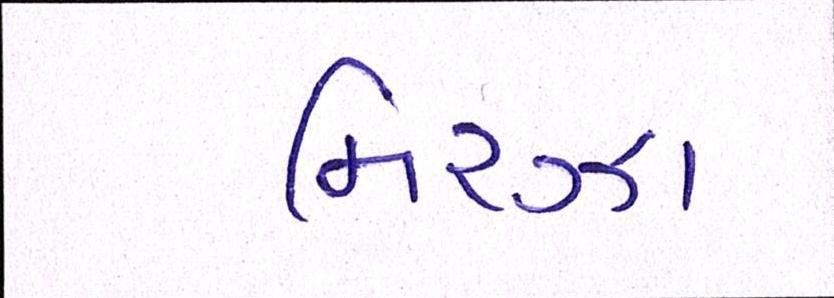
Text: મિરઝા